Annual returns of the Patna Lunatic Asylum at Bankipore in Bihar and Orissa - 1912-1924
Year: 1912
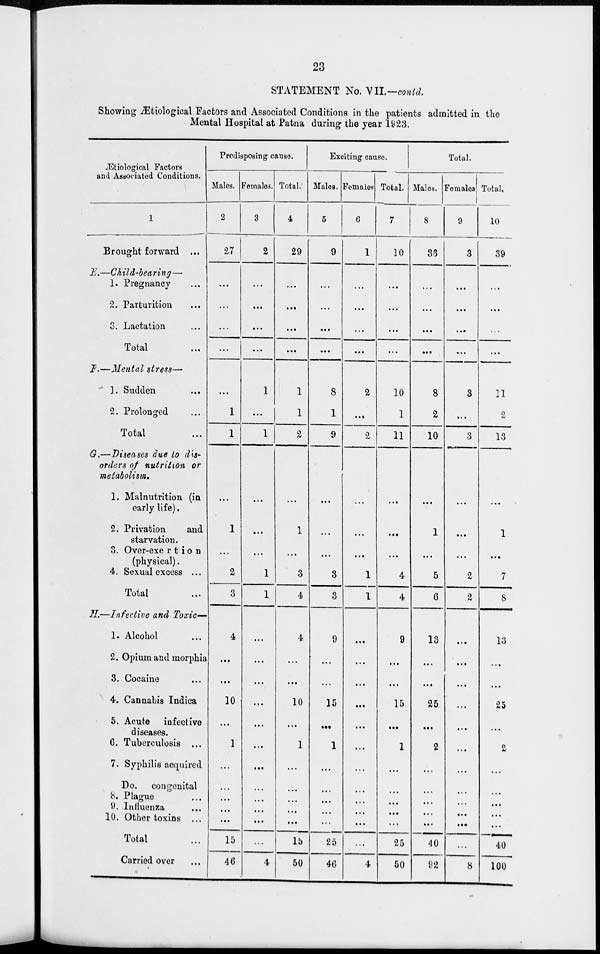
23
STATEMENT No. VII.—contd.
Showing Ætiological Factors and Associated Conditions in the patients admitted in the
Mental Hospital at Patna during the year 1923.
Ætiological Factors
and Associated Conditions.
1
Brought forward ...
E.—Child-bearing—
1. Pregnancy
2. Parturition
3. Lactation
Total
F.—Mental stress—
1. Sudden
2. Prolonged
Total ...
G.—Diseases due to dis-
orders of nutrition or
metabolism.
1. Malnutrition (in
early life).
2. Privation
and
starvation.
3. Over-exertion
(physical).
4. Sexual excess ...
Total ...
II.—Infective and Toxic—
1. Alcohol ...
2. Opium and morphia
3. Cocaine ...
4. Cannabis Indica
5. Acute infective
diseases.
6. Tuberculosis ...
7. Syphilis acquired
Do. congenital
8. Plague ...
9. Influenza ...
10. Other toxins ...
Total ...
Carried over ...
Predisposing cause.
Males.
2
27
...
...
...
...
...
1
1
...
1
...
2
3
4
...
...
10
...
1
...
...
...
...
...
15
46
Females.
3
2
...
...
...
...
1
...
1
...
...
...
1
1
...
...
...
...
...
...
...
...
...
...
...
...
4
Total.
4
29
...
...
...
...
1
1
2
...
1
...
3
4
4
...
...
10
...
1
...
...
...
...
...
15
50
Exciting cause.
Males.
5
9
...
...
...
...
8
1
9
...
...
...
3
3
9
...
...
15
...
1
...
...
...
...
...
25
46
Females.
6
1
...
...
...
...
2
...
2
...
...
...
1
1
...
...
...
...
...
...
...
...
...
...
...
...
4
Total.
7
10
...
...
...
...
10
1
11
...
...
...
4
4
9
...
...
15
...
1
...
...
...
...
...
25
50
Total.
Males.
8
36
...
...
...
...
8
2
10
...
1
...
5
6
13
...
...
25
...
2
...
...
...
...
...
40
92
Females.
9
3
...
...
...
...
3
...
3
...
...
...
2
2
...
...
...
...
...
...
...
...
...
...
...
...
8
Total.
10
39
...
...
...
...
11
2
13
...
1
...
7
8
13
...
...
25
...
2
...
...
...
...
...
40
100